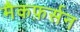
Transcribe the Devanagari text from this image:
मैकफ़र्सन